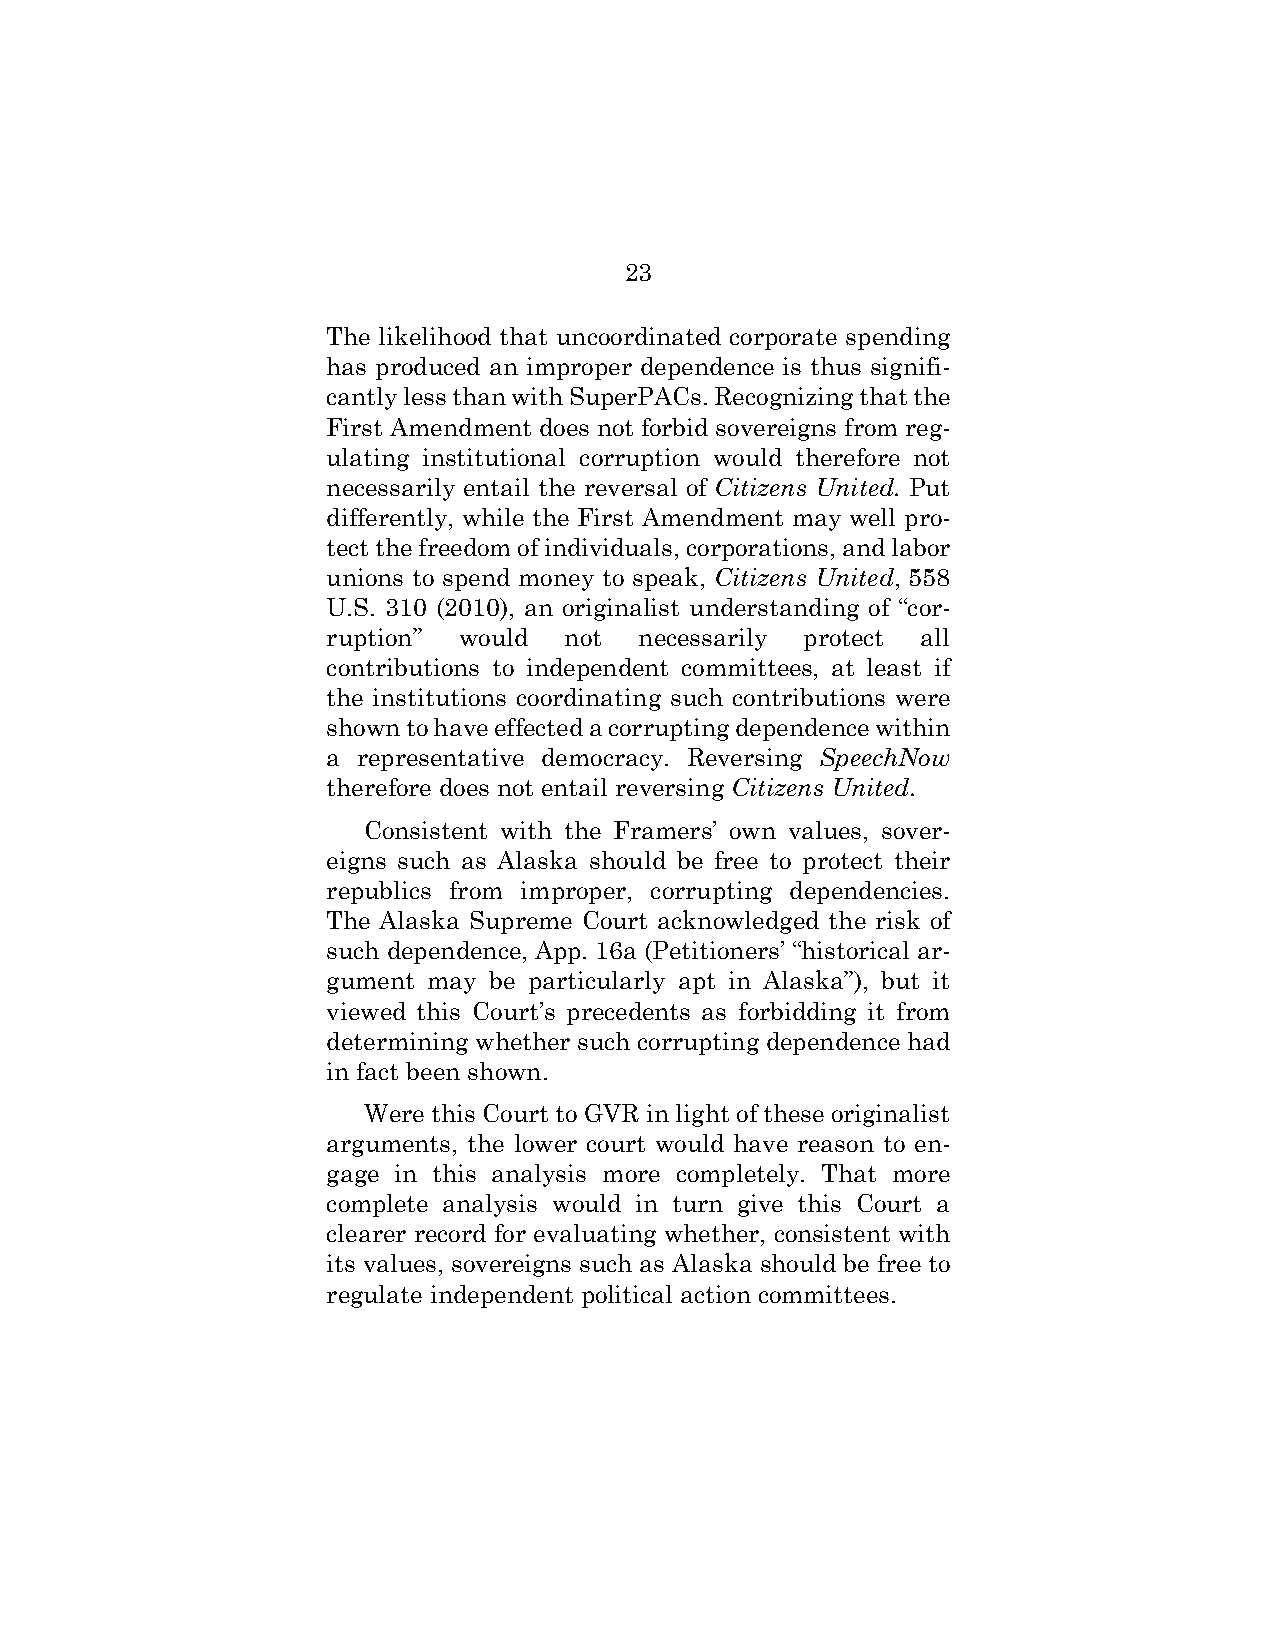
23
 The likelihood that uncoordinated corporate spending
 has produced an improper dependence is thus signifi-
 cantly less than with SuperPACs. Recognizing that the
 First Amendment does not forbid sovereigns from reg-
 ulating institutional corruption would therefore not
 necessarily entail the reversal of Citizens United. Put
 differently, while the First Amendment may well pro-
 tect the freedom of individuals, corporations, and labor
 unions to spend money to speak, Citizens United, 558
 U.S. 310 (2010), an originalist understanding of “cor-
 ruption” would not  necessarily protect all
 contributions to independent committees, at least if
 the institutions coordinating such contributions were
 shown to have effected a corrupting dependence within
 a representative democracy. Reversing SpeechNow
 therefore does not entail reversing Citizens United.
 Consistent with the Framers’ own values, sover-
 eigns such as Alaska should be free to protect their
 republics from improper, corrupting dependencies.
 The Alaska Supreme Court acknowledged the risk of
 such dependence, App. 16a (Petitioners’ “historical ar-
 gument may be particularly apt in Alaska”), but it
 viewed this Court’s precedents as forbidding it from
 determining whether such corrupting dependence had
 in fact been shown.
 Were this Court to GVR in light of these originalist
 arguments, the lower court would have reason to en-
 gage in this analysis more completely. That more
 complete analysis would in turn give this Court a
 clearer record for evaluating whether, consistent with
 its values, sovereigns such as Alaska should be free to
 regulate independent political action committees.